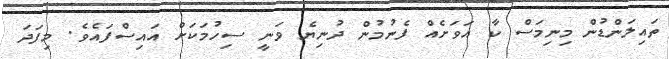
ތައިލަންޑުން މިނިމަސް ކާ އަވަށެއް ފެނުމުން ދުނިޔެ ވަނީ ސިހުމަކަށް އައިސްފައެވެ. މިފަދަ